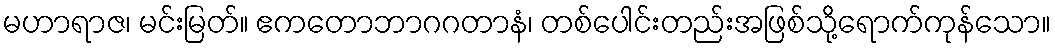
မဟာရာဇ၊ မင်းမြတ်။ ဧကတောဘာဂဂတာနံ၊ တစ်ပေါင်းတည်းအဖြစ်သို့ရောက်ကုန်သော။